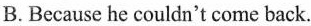
B. Because he couldn't come back.